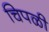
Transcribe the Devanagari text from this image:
चिपळी